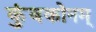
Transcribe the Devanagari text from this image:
कुंबकोनम्